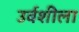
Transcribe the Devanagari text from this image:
उर्वशीला